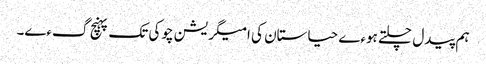
ہم پیدل چلتے ہوءے حیاستان کی امیگریشن چوکی تک پہنچ گءے۔